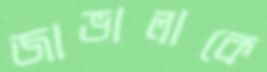
জাভালাকে